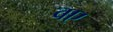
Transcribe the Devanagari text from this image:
वए